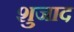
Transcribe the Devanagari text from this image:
शुजाद